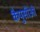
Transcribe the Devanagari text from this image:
कैपुसीओ